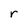
Character: r